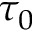
\tau _ { 0 }